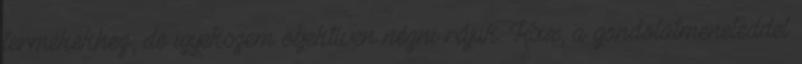
termékekhez, de igyekszem objektíven nézni rájuk. Ksix, a gondolatmeneteddel